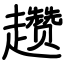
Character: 趱